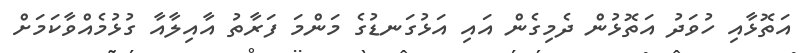
އަތޮޅާއި ހުވަދު އަތޮޅުން ދެމިގެން އައި އަޅުގަނޑުގެ މަންމަ ފަރާތު އާއިލާއާ ގުޅުމެއްވާކަމަށް